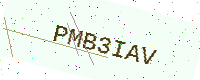
Text: PMB3IAV